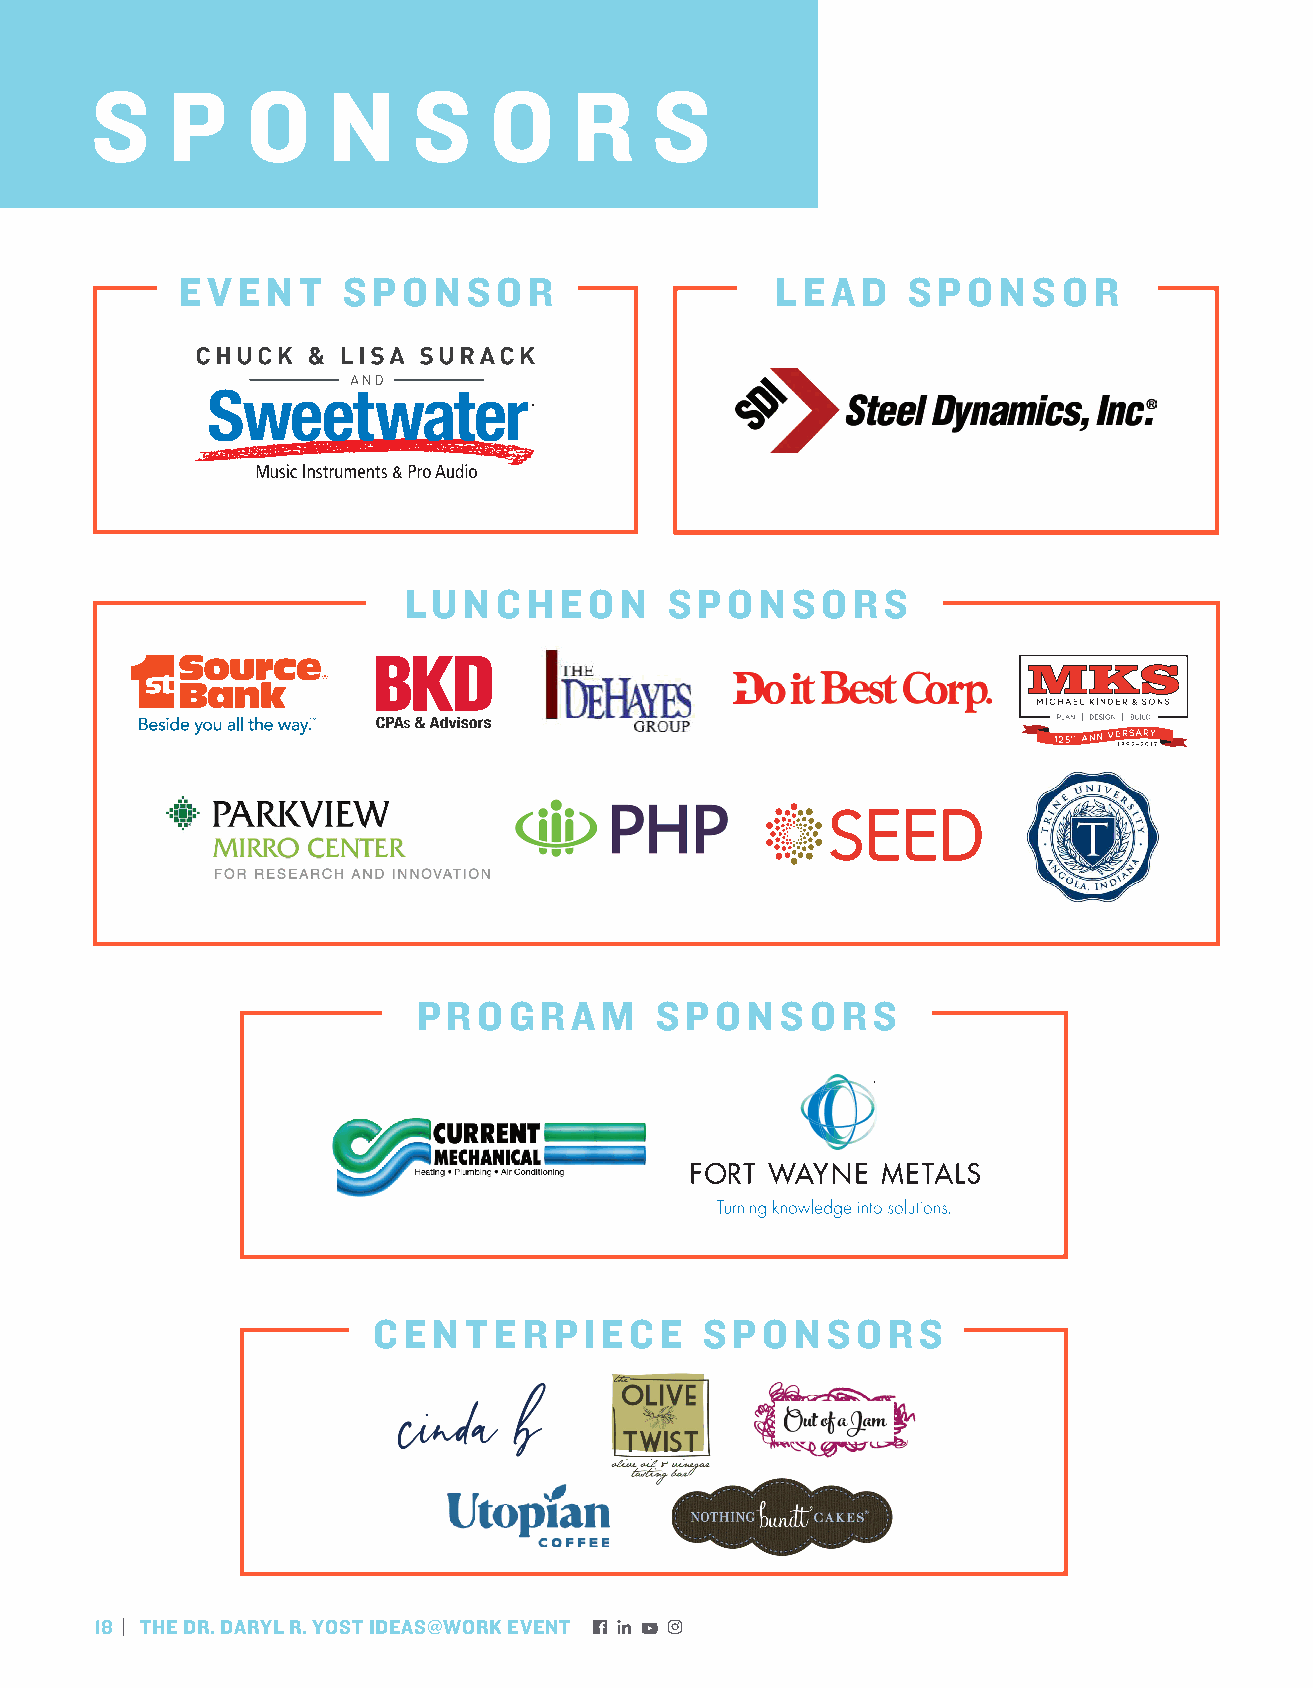
Luncheon              Sponsors                                       $2,000
 S    P    O     N    S    O     R    S
 EVENT      SPONSOR                     LEAD     SPONSOR
 LUNCHEON         SPONSORS
 Daryl Yost
 Performance Trucking
 Table       Sponsors                                                     $750
 Barrett & McNagny                         Orthopaedics NorthEast
 BPishRopO DGweRngAeMr H igSh PScOhoNol SORS Paragon Medical
 Bose Public Affairs                       Pensionmark Retirement
 Engine Research Associates                Group PNC Bank
 Georgetown PLUS & EXIT 25                 Questa Foundation
 Open  Networking Groups
 The SearchLite
 Huntington University
 CENTERPIECE           SPONSORS              Taylor University
 Indiana Stamp
 True North S. A.
 Olive B. Cole Foundation
 Votaw Electric
 18 | THE DR. DARYL R. YOST IDEAS@WORK EVENT